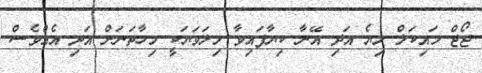
ޖޯޖް މައިކަލް ލިޔެ އަދި އޭނާ ކިޔާފައިވާ މިލަވަޔަކީ މިހާތަނަށް އަދި އެއްވެސް